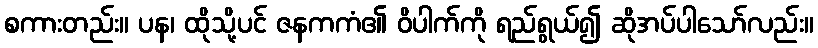
စကားတည်း။ ပန၊ ထိုသို့ပင် ဇနကကံ၏ ဝိပါက်ကို ရည်ရွယ်၍ ဆိုအပ်ပါသော်လည်း။